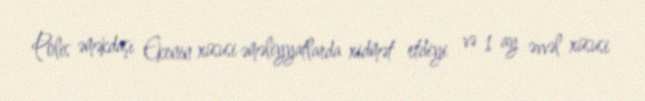
Polis əməkdaşı Ekenin xüsusi əməliyyatlarda xidmət etdiyi və 1 ay əvvəl xüsusi